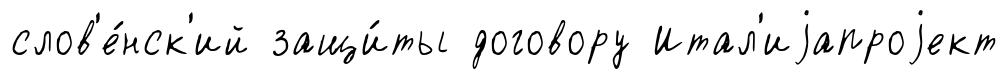
слов'е́нск'ий защи́ты договору Итал'иjапроjект